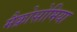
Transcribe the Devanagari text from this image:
मैक्रोसोमिया